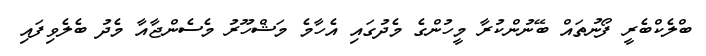
ބްލެކްބެރީ ފޯނުތައް ބޭނުންކުރާ މީހުންގެ މެދުގައި އެހާމެ މަޝްހޫރު މެސެންޖާއާ މެދު ބެލެވިފައި